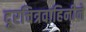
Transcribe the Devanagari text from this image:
दूरचित्रवाहिनीने